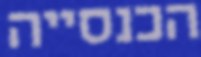
הכנסייה